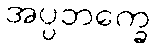
အပ္ပဘက္ခေ